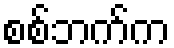
စစ်ဘက်က